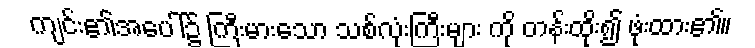
ကျင်း၏အပေါ်၌ ကြီးမားသော သစ်လုံးကြီးများ ကို တန်းထိုး၍ ဖုံးထား၏။